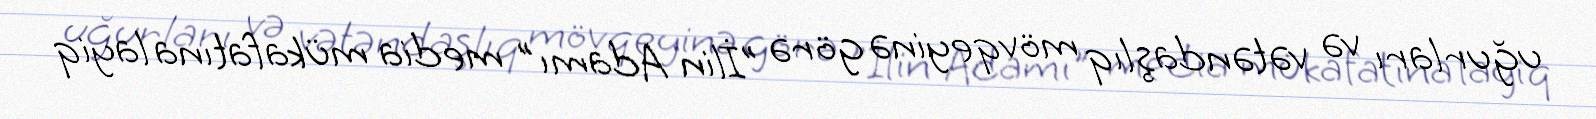
uğurları və vətəndaşlıq mövqeyinə görə "İlin Adamı" media mükafatına layiq